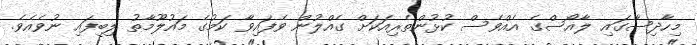
މިހާދިސާގައި ލާއޯސްގެ އެއްވެސް ކުޅުންތެރިއަކަށް ގެއްލުން ވެފައިވާ ކަމުގެ މައުލޫމާތު ލިބިފައި ނުވެއެވެ.